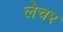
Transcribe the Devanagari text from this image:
लेचर